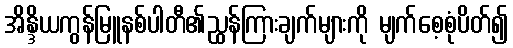
အိန္ဒိယကွန်မြူနစ်ပါတီ၏ညွှန်ကြားချက်များကို မျက်စေ့စုံပိတ်၍